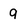
Character: 9